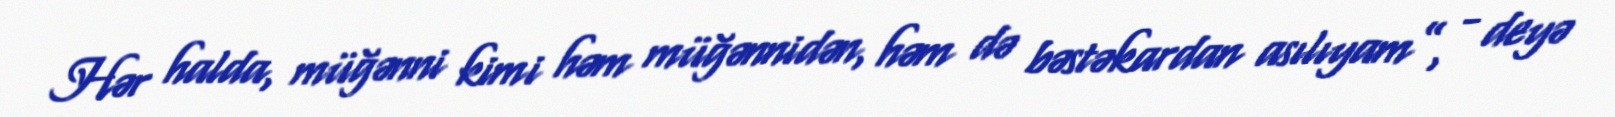
Hər halda, müğənni kimi həm müğənnidən, həm də bəstəkardan asılıyam”, - deyə